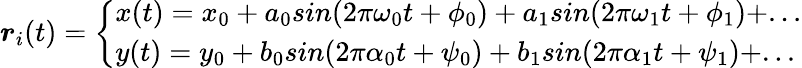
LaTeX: \begin{array}{r}{\boldsymbol{r}_{i}(t)=\left\{ \begin{array}{ll}{x(t)=x_{0}+a_{0}sin(2\pi\omega_{0}t+\phi_{0})+a_{1}sin(2\pi\omega_{1}t+\phi_{1})+...}\\ {y(t)=y_{0}+b_{0}sin(2\pi\alpha_{0}t+\psi_{0})+b_{1}sin(2\pi\alpha_{1}t+\psi_{1})+...}\end{array}\right.}\end{array}